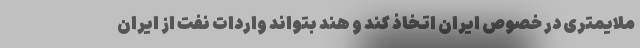
ملایمتری در خصوص ایران اتخاذ کند و هند بتواند واردات نفت از ایران